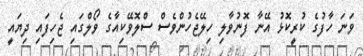
ވަނަ ހާފުގެ ކުރީކޮޅު އޭނާ ފޮނުވާލި ހިލޭޖެހުންވެސް ސްލޮވޭކިއާގެ ވޯލްގައި ޖެހިފައި ދިޔައީ